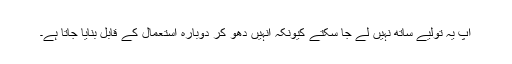
آپ یہ تولیے ساتھ نہیں لے جا سکتے کیونکہ انہیں دھو کر دوبارہ استعمال کے قابل بنایا جاتا ہے۔